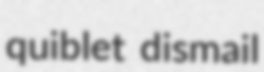
quiblet dismail